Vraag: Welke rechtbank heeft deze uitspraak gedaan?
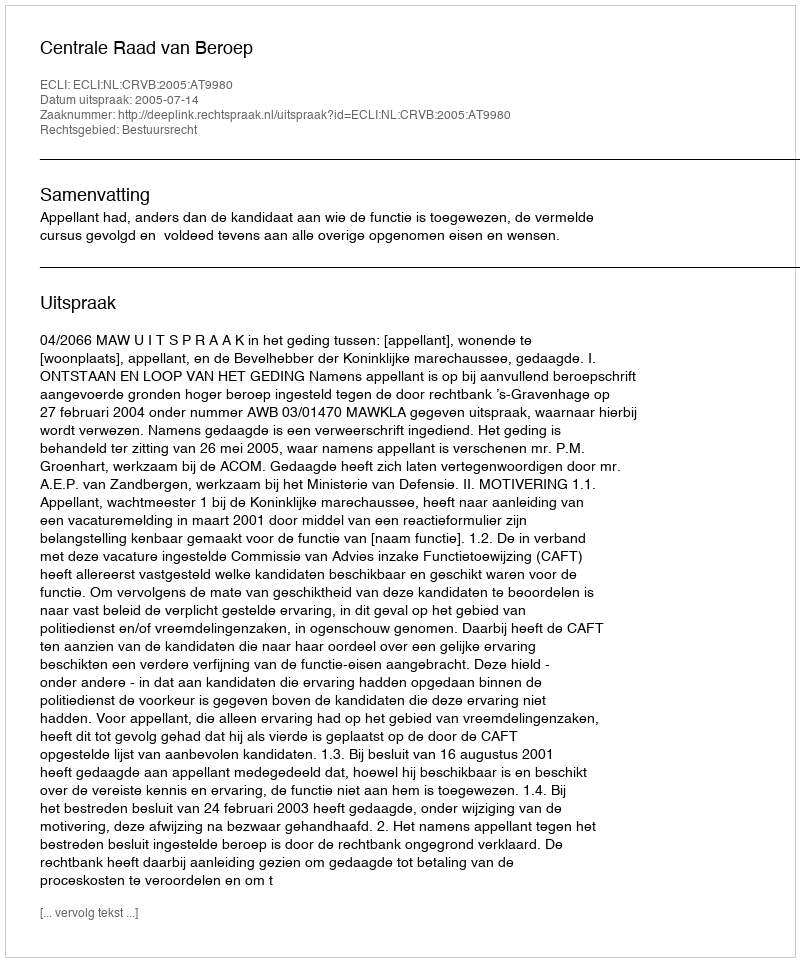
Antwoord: Centrale Raad van Beroep